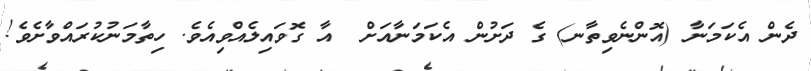
ދެން އެކަމަނާ (އޮންނެވިތާނ) ގެ ދަށުން އެކަމަނާއަށް  އާ ގޮވައިލެއްވިއެވެ. ހިތާމަނުކުރައްވާށެވެ!